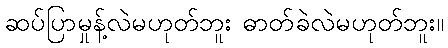
ဆပ်ပြာမှုန့်လဲမဟုတ်ဘူး ဓာတ်ခဲလဲမဟုတ်ဘူး။